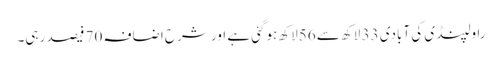
راولپنڈی کی آبادی 33 لاکھ سے 56لاکھ ہوگئی ہے اور شرح اضافہ 70 فیصد رہی۔